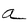
Character: a